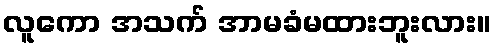
လူကော အသက် အာမခံမထားဘူးလား။